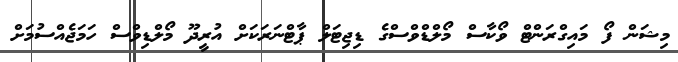
މިޝަން ފޯ މައިގްރަންޓް ވޯކާސް މޯލްޑްވްސްގެ ޑިޖިޓަލް ޕާޓްނަރަކަށް އުރީދޫ މޯލްޑިވްސް ހަމަޖެއްސުމަށް